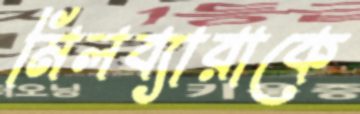
মিলব্যারাকে